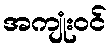
အကျုံးဝင်